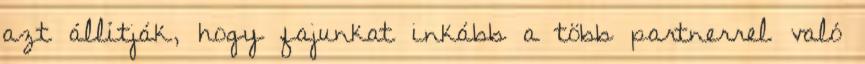
azt állítják, hogy fajunkat inkább a több partnerrel való